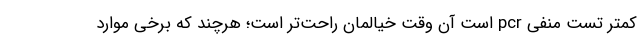
کمتر تست منفی pcr است آن وقت خیالمان راحت‌تر است؛ هرچند که برخی موارد